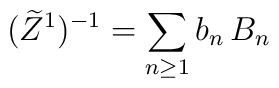
(\widetilde Z^1)^{-1} = \sum_{n\ge 1} b_n\, B_n